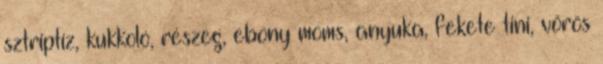
sztriptíz, kukkoló, részeg, ebony moms, anyuka, fekete tini, vörös